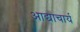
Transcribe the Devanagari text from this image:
आद्याचार्य